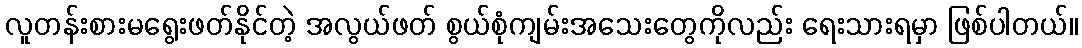
လူတန်းစားမရွေးဖတ်နိုင်တဲ့ အလွယ်ဖတ် စွယ်စုံကျမ်းအသေးတွေကိုလည်း ရေးသားရမှာ ဖြစ်ပါတယ်။